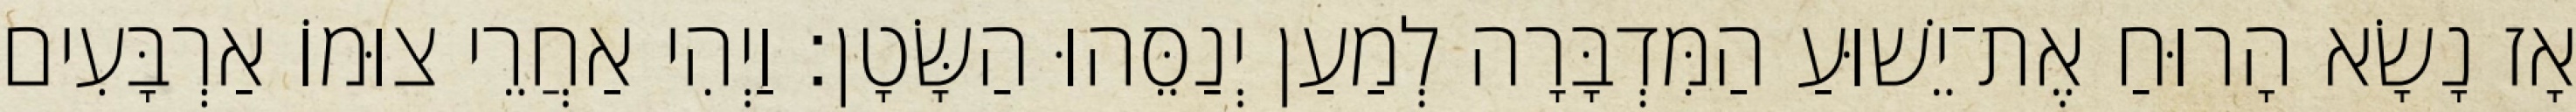
אָז נָשָׂא הָרוּחַ אֶת־יֵשׁוּעַ הַמִּדְבָּרָה לְמַעַן יְנַסֵּהוּ הַשָּׂטָן׃ וַיְהִי אַחֲרֵי צוּמוֹ אַרְבָּעִים